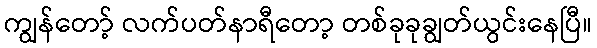
ကျွန်တော့် လက်ပတ်နာရီတော့ တစ်ခုခုချွတ်ယွင်းနေပြီ။